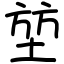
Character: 堃